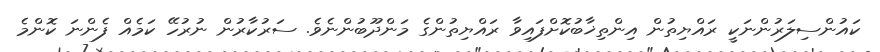
ކައުންސިލަރުންނަކީ ރައްޔިތުން އިންތިޚާބުކޮށްފައިވާ ރައްޔިތުންގެ މަންދޫބުންނެވެ. ސަރުކާރުން ނުރުހޭ ކަމެއް ފެންނަ ކޮންމެ